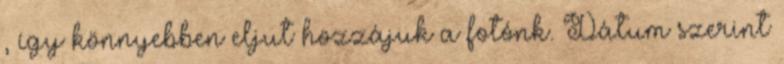
, így könnyebben eljut hozzájuk a fotónk. Dátum szerint